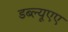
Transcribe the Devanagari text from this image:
डब्ल्यूएए